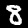
Digit: 8